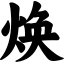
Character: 焕